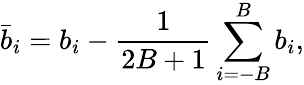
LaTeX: \bar{b}_{i}=b_{i}-\frac{1}{2B+1}\sum_{i=-B}^{B}b_{i},